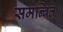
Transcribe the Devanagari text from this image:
समन्विते।